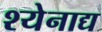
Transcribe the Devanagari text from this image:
श्येनाद्य